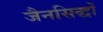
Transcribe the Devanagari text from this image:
जैनसिद्धों